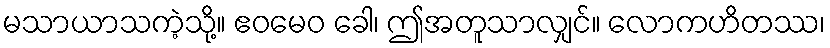
မသာယာသကဲ့သို့။ ဧဝမေဝ ခေါ၊ ဤအတူသာလျှင်။ လောကဟိတဿ၊